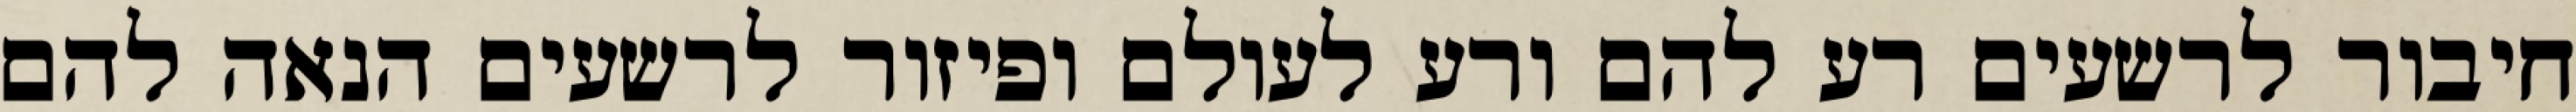
חיבור לרשעים רע להם ורע לעולם ופיזור לרשעים הנאה להם